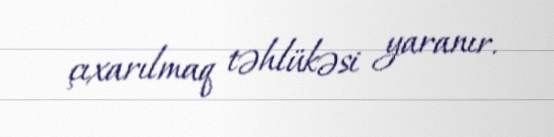
çıxarılmaq təhlükəsi yaranır.